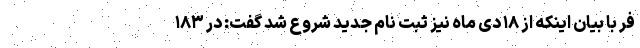
فر با بیان اینکه از ۱۸ دی ماه نیز ثبت نام جدید شروع شد گفت: در ۱۸۳